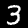
Label: 3